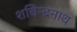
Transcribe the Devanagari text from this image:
शचिन्द्रनाथ